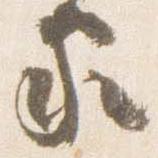
家